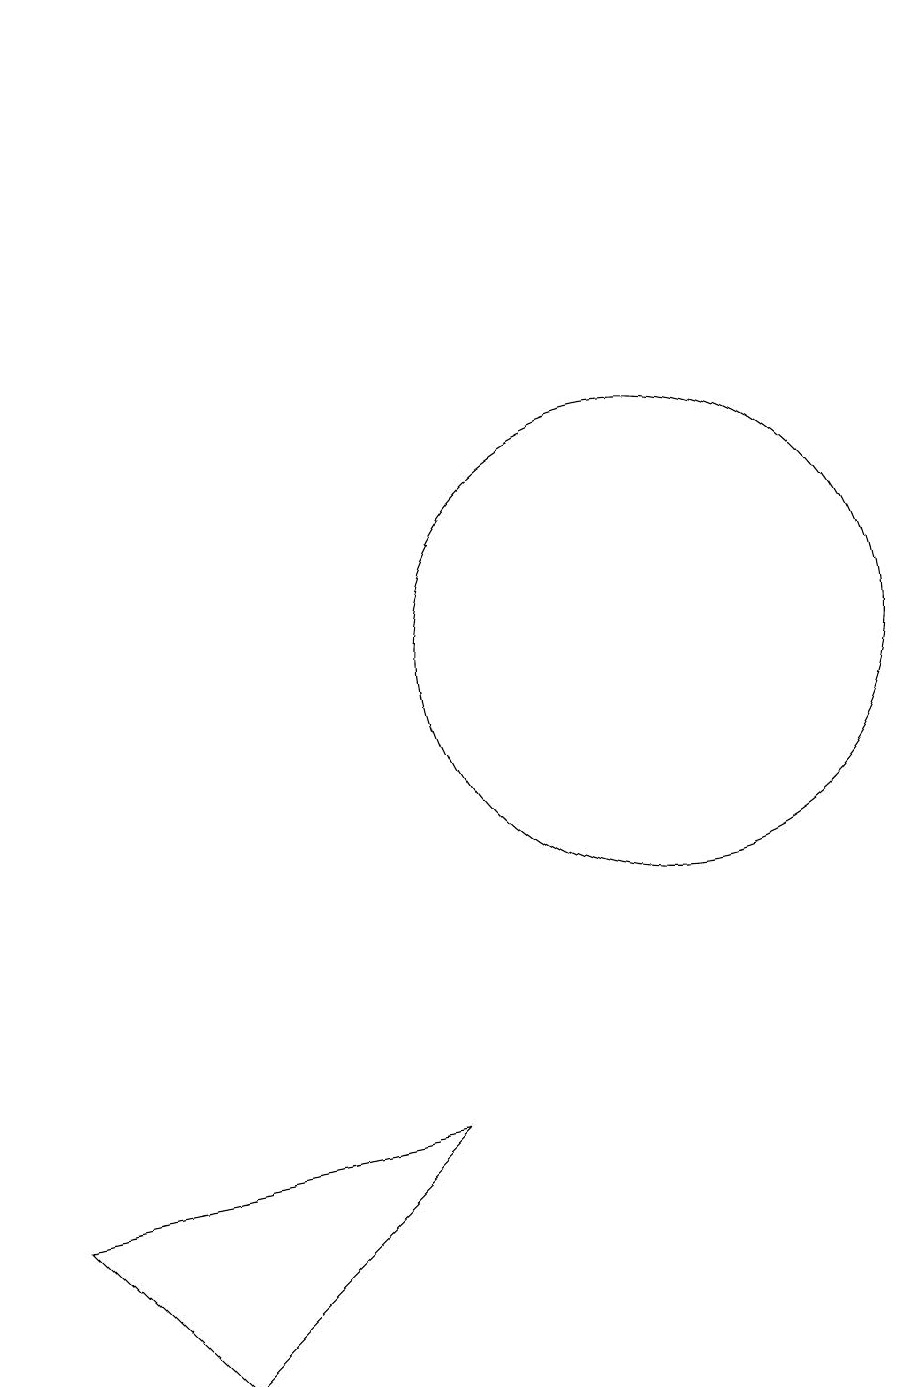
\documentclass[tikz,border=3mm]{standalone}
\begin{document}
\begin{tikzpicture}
\draw (11,10) circle (3);
\draw[->] (3,15) -- (3,18);
\draw (3,3) -- (5,1) -- (8,4) -- cycle;
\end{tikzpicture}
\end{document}